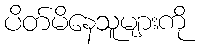
ပိတ်မိနေသူများကို